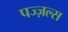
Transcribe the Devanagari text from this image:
पज्ज़ल्स